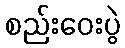
စည်းဝေးပွဲ